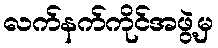
လက်နက်ကိုင်အဖွဲ့မှ